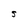
Character: S